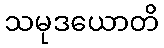
သမုဒယောတိ